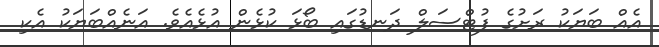
އެއް ބަޔަކު ރަށުގެ ފުޓްސަލް ދަނޑުގައި ބޯޅަ ކުޅެން އުޅެއެވެ. އަނެއްބަޔަކު އެކި